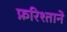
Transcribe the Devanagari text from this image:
फ़रिश्ताने